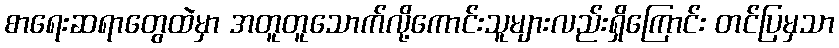
စာရေးဆရာတွေထဲမှာ အတူတူသောက်လို့ကောင်းသူများလည်းရှိကြောင်း တင်ပြမှသာ